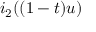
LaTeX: i _ { 2 } ( ( 1 - t ) u )